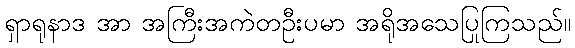
ရှာရုနာဒ အာ အကြီးအကဲတဦးပမာ အရိုအသေပြုကြသည်။